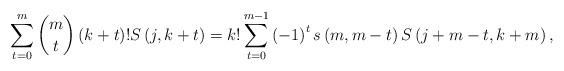
LaTeX: \begin{align*}\sum_{t=0}^{m}\binom{m}{t}\left( k+t\right) !S\left( j,k+t\right)=k!\sum_{t=0}^{m-1}\left( -1\right) ^{t}s\left( m,m-t\right) S\left(j+m-t,k+m\right) , \end{align*}